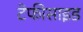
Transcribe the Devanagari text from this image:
टेफीसाइड